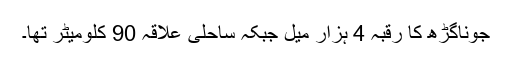
جوناگڑھ کا رقبہ 4 ہزار میل جبکہ ساحلی علاقہ 90 کلومیٹر تھا۔